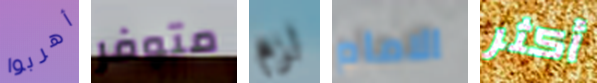
أهربوا متوفر لزم الامام أكثر